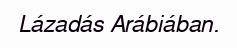
Lázadás Arábiában.